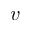
v